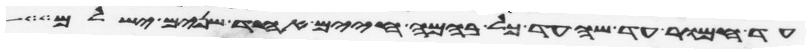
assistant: עד חמור עד שה עד כל בהמה חיים אחד שנים ישלם